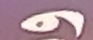
و